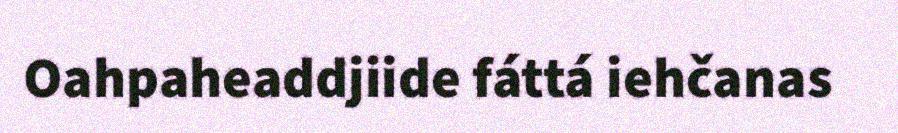
Oahpaheaddjiide fáttá iehčanas